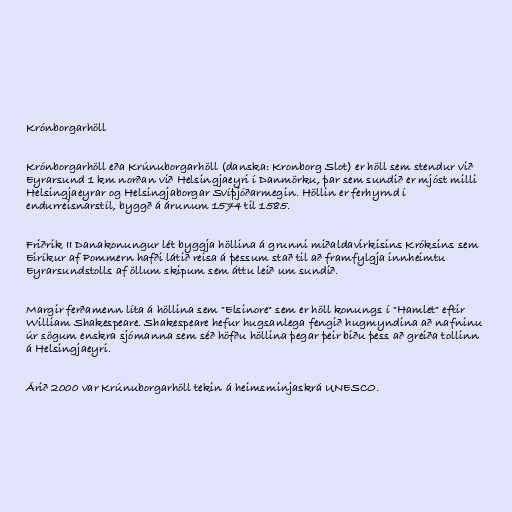
Krónborgarhöll

Krónborgarhöll eða Krúnuborgarhöll (danska: Kronborg Slot) er höll sem stendur við
Eyrarsund 1 km norðan við Helsingjaeyri í Danmörku, þar sem sundið er mjóst milli
Helsingjaeyrar og Helsingjaborgar Svíþjóðarmegin. Höllin er ferhyrnd í
endurreisnarstíl, byggð á árunum 1574 til 1585.

Friðrik II Danakonungur lét byggja höllina á grunni miðaldavirkisins Króksins sem
Eiríkur af Pommern hafði látið reisa á þessum stað til að framfylgja innheimtu
Eyrarsundstolls af öllum skipum sem áttu leið um sundið.

Margir ferðamenn líta á höllina sem "Elsinore" sem er höll konungs í "Hamlet" eftir
William Shakespeare. Shakespeare hefur hugsanlega fengið hugmyndina að nafninu
úr sögum enskra sjómanna sem séð höfðu höllina þegar þeir biðu þess að greiða tollinn
á Helsingjaeyri.

Árið 2000 var Krúnuborgarhöll tekin á heimsminjaskrá UNESCO.